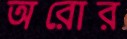
অরোর